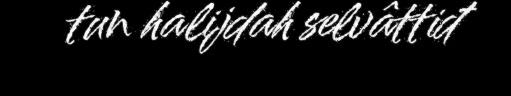
tun halijdah selvâttiđ